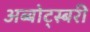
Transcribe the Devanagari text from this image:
अब्बोट्स्बरी